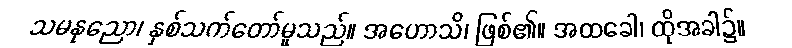
သမနုညော၊ နှစ်သက်တော်မူသည်။ အဟောသိ၊ ဖြစ်၏။ အထခေါ၊ ထိုအခါ၌။